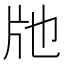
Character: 𤖪